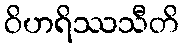
ဝိဟရိဿသီတိ